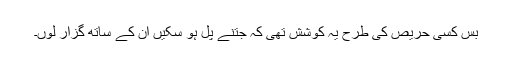
بس کسی حریص کی طرح یہ کوشش تھی کہ جتنے پل ہو سکیں ان کے ساتھ گزار لوں۔